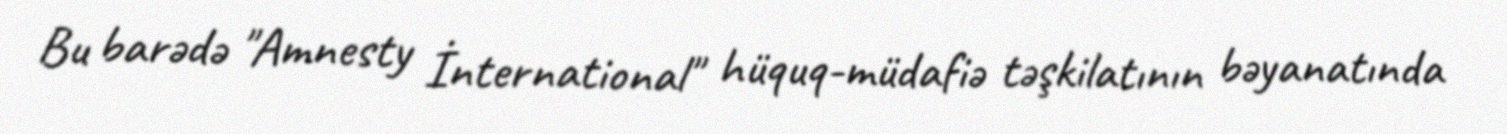
Bu barədə "Amnesty İnternational" hüquq-müdafiə təşkilatının bəyanatında